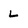
Character: L